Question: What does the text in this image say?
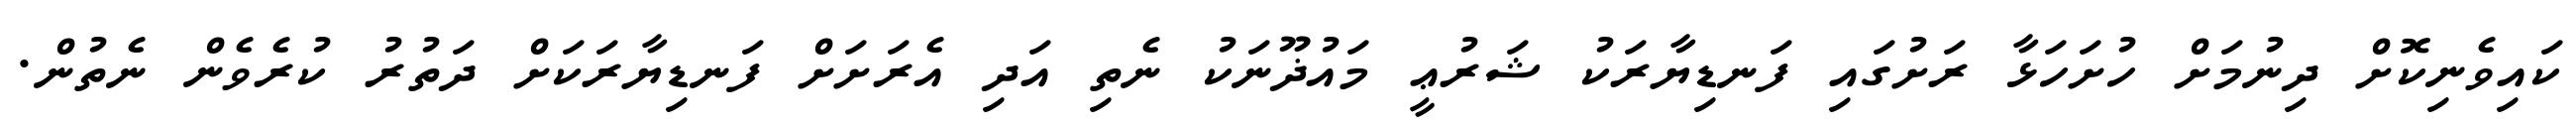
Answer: ކައިވެނިކޮށް ދިނުމަށް ހުށަހަޅާ ރަށުގައި ފަނޑިޔާރަކު ޝަރުޢީ މައުޛޫނަކު ނެތި އަދި އެރަށަށް ފަނޑިޔާރަކަށް ދަތުރު ކުރެވެން ނެތުން.